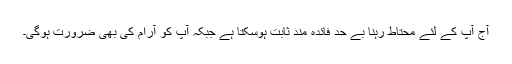
آج آپ کے لئے محتاط رہنا بے حد فائدہ مند ثابت ہوسکتا ہے جبکہ آپ کو آرام کی بھی ضرورت ہوگی۔